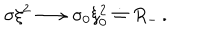
\sigma \xi ^ { 2 } \longrightarrow \sigma _ { 0 } \xi _ { 0 } ^ { 2 } \doteq R _ { - } \, .